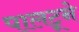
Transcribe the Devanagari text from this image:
पालटूने